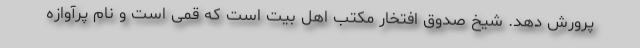
پرورش دهد. شیخ صدوق افتخار مکتب اهل بیت است که قمی است و نام پرآوازه